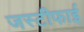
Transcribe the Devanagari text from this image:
जस्टीफाई